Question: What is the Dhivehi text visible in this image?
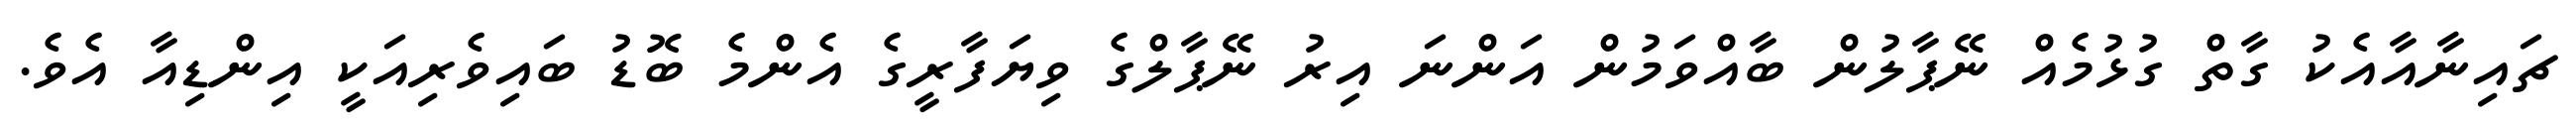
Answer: ޗައިނާއާއެކު ގާތް ގުޅުމެއް ނޭޕާލުން ބާއްވަމުން އަންނަ އިރު ނޭޕާލްގެ ވިޔަފާރީގެ އެންމެ ބޮޑު ބައިވެރިއަކީ އިންޑިއާ އެވެ.